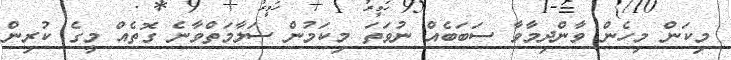
މިކަން މިހެން ވާންދިމާވާ ސަބަބެއް ނުވަތަ މިކަމުން ސަލާމަތްވާނެ ގޮތެއް މީގެ ކުރިން